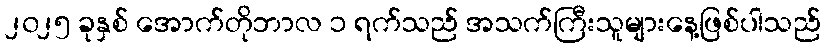
၂၀၂၅ ခုနှစ် အောက်တိုဘာလ ၁ ရက်သည် အသက်ကြီးသူများနေ့ဖြစ်ပါသည်